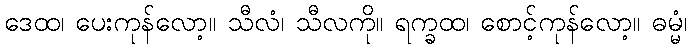
ဒေထ၊ ပေးကုန်လော့။ သီလံ၊ သီလကို။ ရက္ခထ၊ စောင့်ကုန်လော့။ ဓမ္မံ၊